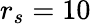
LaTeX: r_{s}=10